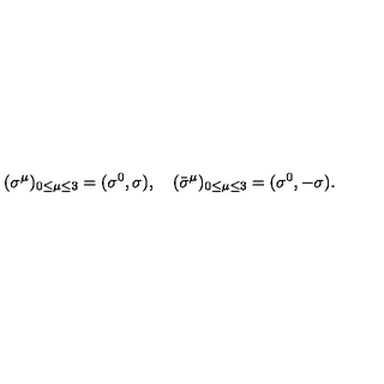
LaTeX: ( { \sigma } ^ { \mu } ) _ { 0 \le \mu \le 3 } = ( \sigma ^ { 0 } , \mathrm { \boldmath \sigma } ) , \quad ( { \bar { \sigma } } ^ { \mu } ) _ { 0 \le \mu \le 3 } = ( \sigma ^ { 0 } , - \mathrm { \boldmath \sigma } ) .